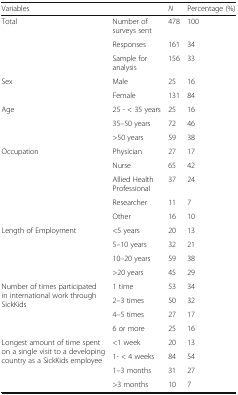
| <COLSPAN=2> Variables | N | Percentage (%) |
 | --- | --- | --- | --- |
 | <ROWSPAN=3> Total | Number of surveys sent | 478 | 100 |
 | Responses | 161 | 34 |
 | Sample for analysis | 156 | 33 |
 | <ROWSPAN=2> Sex | Male | 25 | 16 |
 | Female | 131 | 84 |
 | <ROWSPAN=3> Age | 25 - < 35 years | 25 | 16 |
 | 35–50 years | 72 | 46 |
 | >50 years | 59 | 38 |
 | <ROWSPAN=5> Occupation | Physician | 27 | 17 |
 | Nurse | 65 | 42 |
 | Allied Health Professional | 37 | 24 |
 | Researcher | 11 | 7 |
 | Other | 16 | 10 |
 | <ROWSPAN=4> Length of Employment | <5 years | 20 | 13 |
 | 5–10 years | 32 | 21 |
 | 10–20 years | 59 | 38 |
 | >20 years | 45 | 29 |
 | <ROWSPAN=4> Number of times participated in international work through SickKids | 1 time | 53 | 34 |
 | 2–3 times | 50 | 32 |
 | 4–5 times | 27 | 17 |
 | 6 or more | 25 | 16 |
 | <ROWSPAN=4> Longest amount of time spent on a single visit to a developing country as a SickKids employee | <1 week | 20 | 13 |
 | 1- < 4 weeks | 84 | 54 |
 | 1–3 months | 31 | 27 |
 | >3 months | 10 | 7 |